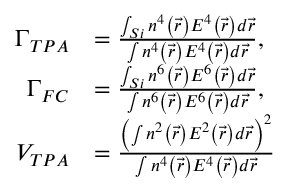
\begin{array} { r l } { \Gamma _ { T P A } } & { = \frac { \int _ { S i } n ^ { 4 } \left( \vec { r } \right) E ^ { 4 } \left( \vec { r } \right) d \vec { r } } { \int n ^ { 4 } \left( \vec { r } \right) E ^ { 4 } \left( \vec { r } \right) d \vec { r } } \mathrm { , } } \\ { \Gamma _ { F C } } & { = \frac { \int _ { S i } n ^ { 6 } \left( \vec { r } \right) E ^ { 6 } \left( \vec { r } \right) d \vec { r } } { \int n ^ { 6 } \left( \vec { r } \right) E ^ { 6 } \left( \vec { r } \right) d \vec { r } } \mathrm { , } } \\ { V _ { T P A } } & { = \frac { \left( \int n ^ { 2 } \left( \vec { r } \right) E ^ { 2 } \left( \vec { r } \right) d \vec { r } \right) ^ { 2 } } { \int n ^ { 4 } \left( \vec { r } \right) E ^ { 4 } \left( \vec { r } \right) d \vec { r } } } \end{array}